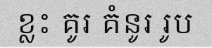
ខ្លះ គូរ គំនូរ រូប